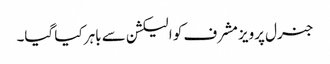
جنرل پرویز مشرف کو الیکشن سے باہر کیا گیا۔